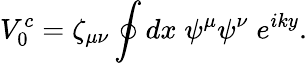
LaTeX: V_{0}^{c}=\zeta_{\mu\nu}\oint dx\; \psi^{\mu}\psi^{\nu}\; e^{iky}.